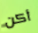
أكن